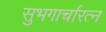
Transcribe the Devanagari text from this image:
सुभगार्चारत्न